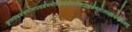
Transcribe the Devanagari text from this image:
कुलप्रदर्शनगोलप्रदर्शनगोलप्रदर्शनगोलप्रदर्शनगोलप्रदर्शनलक्ष्य